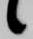
候